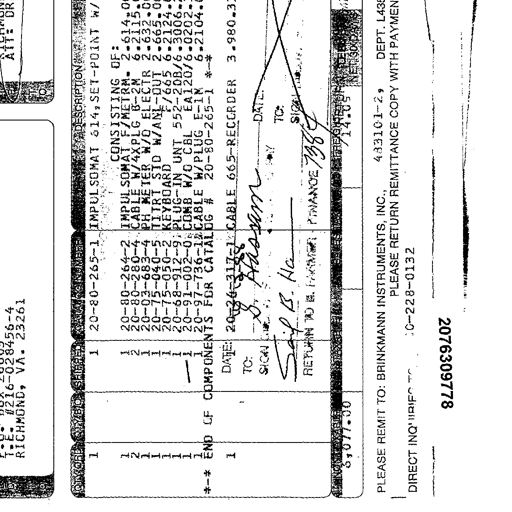
ATT: DR
T.E. #216-028456-4
RICHMOND, VA. 23261
QTY ORD QTY B/O QTY SHIPPED CATALOG NUMBER DESCRIPTION
1 1 20-80-265-1 IMPULSOMAT 614,SET-POINT W/
CONSISTING OF:
1 1 20-80-264-2 IMPULSOMAT F/METRM. 2,614.00
2 2 20-80-280-4 CABLE W/4XPLG B-2M 6,2115.00
1 1 20-03-683-4 PH METER W/O ELECTR 2,632.00
1 1 20-75-040-5 TITRT STD W/ANL-OUT 2,665.00
1 1 20-75-050-2 KEYBOARD F/665 6,2124.00
1 1 20-68-912-9 PLUG-IN UNT 552-20B/6,3006.00
1 1 20-91-002-0 COMB W/O CBL EA120/6,0202.00
1 1 20-97-736-1 CABLE W/PLUG E-1M 6,2104.00
*-* END OF COMPONENTS FOR CATALOG # 20-80-265-1 *-*
1 1 20-20-317-1 CABLE 665-RECORDER 3,980.33
DATE: 12-2-86 DATE:
TO: S. Hassan TO:
SIGN: Saif B. Ha SIGN:
RETURN TO B. FARMAN FINANCE 7384
SUBTOTAL SALES TAX FREIGHT & HANDLING TOTAL DUE
3,077.00 14.05 NET 30 DAYS
PLEASE REMIT TO: BRINKMANN INSTRUMENTS, INC. 433101-29 DEPT. L435
PLEASE RETURN REMITTANCE COPY WITH PAYMENT
DIRECT INQUIRIES TO: 516-228-0132
877609778